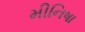
મીનિષા